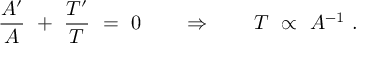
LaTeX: \frac { A ^ { \prime } } { A } \ + \ \frac { T ^ { \prime } } { T } \ = \ 0 \qquad \Rightarrow \qquad T \ \propto \ A ^ { - 1 } \ .